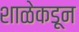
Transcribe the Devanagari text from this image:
शाळेकडून